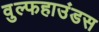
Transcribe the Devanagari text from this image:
वुल्फहाउंडस